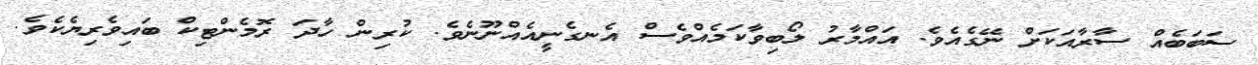
ސަބަބެއް ސާރާއަކަށް ނޭގެއެވެ. އައްމާރު ލޯބިވާކަމެއްވެސް އެނގެނީއެއްނޫނެވެ. ކުރިން ހާދަ ރޮމެންޓިކް ބައިވެރިޔެކެވެ.